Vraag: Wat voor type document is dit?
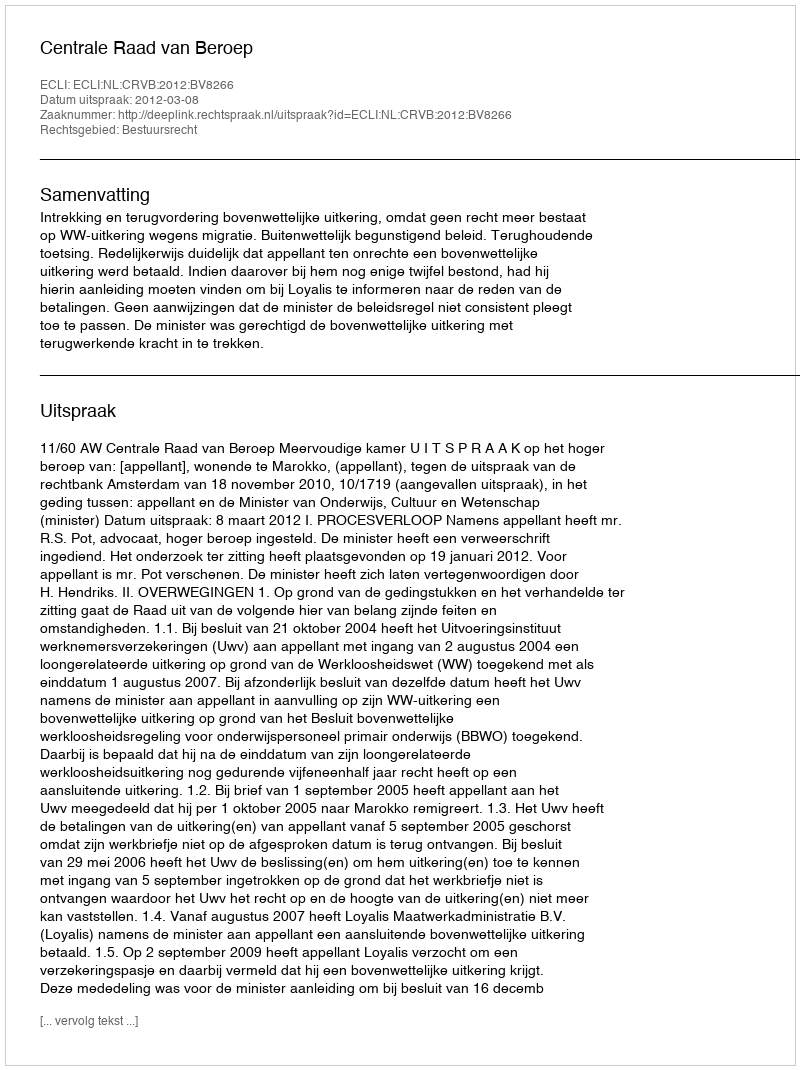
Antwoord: Uitspraak